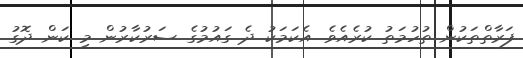
ފަރާތްތަކުން ތުހުމަތު ކުރެއެވެ. އެކަމަކު ދެ ގައުމުގެ ސަރުކާރުން މި ކަން ދޮގު